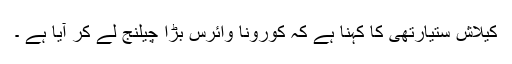
کیلاش ستیارتھی کا کہنا ہے کہ کورونا وائرس بڑا چیلنج لے کر آیا ہے ۔